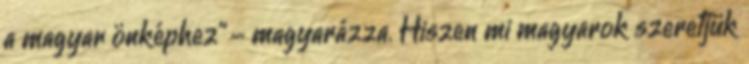
a magyar önképhez" - magyarázza. Hiszen mi magyarok szeretjük